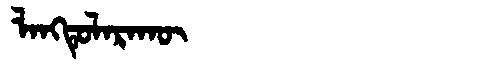
Manchu: ᠯᠠᠩᡨᡠᠯᠠᡵᠠᡴᡡ
Romanization: LANGTULARAKŪ